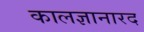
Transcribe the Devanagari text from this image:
कालज्ञानारद